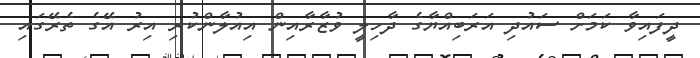
ދީފައިވާ ކަމަށް ސައުދި އަރަބިއްޔާގެ ދާހިލީ ވުޒާރާއިން އިއުލާންކުރި އިރު އޭގެ ތެރޭގައި